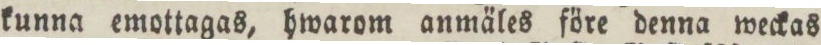
kunna emottagas, hwarom anmäles före denna weckas